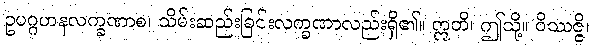
ဥပဂ္ဂဟနလက္ခဏာစ၊ သိမ်းဆည်းခြင်းလက္ခဏာလည်းရှိ၏။ ဣတိ၊ ဤသို့။ ဝိဿဇ္ဇိ၊